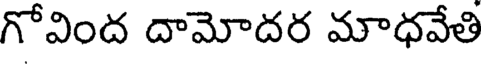
గోవింద దామోదర మాధవేతి